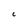
Character: 6